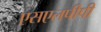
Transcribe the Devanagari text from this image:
एसएलपीपी